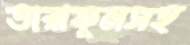
তারাফুলসহ